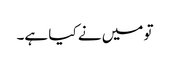
تو میں نے کیا ہے۔